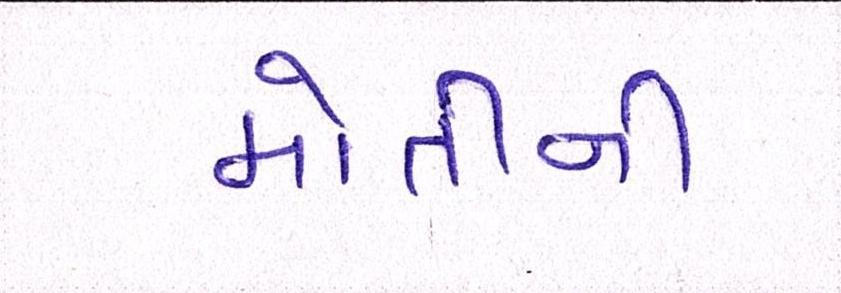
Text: મોતીની